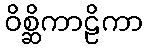
ဝိစ္ဆိကာဠိကာ